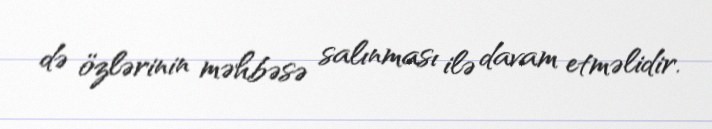
də özlərinin məhbəsə salınması ilə davam etməlidir.